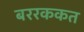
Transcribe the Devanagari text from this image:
बररककत